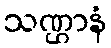
သဏ္ဌာနံ